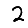
Digit: 2